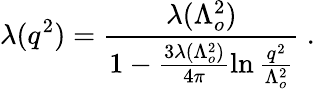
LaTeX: \lambda(q^{2})=\frac{\lambda(\Lambda_{o}^{2})}{1-\frac{3\lambda(\Lambda_{o}^{2})}{4\pi}\ln\frac{q^{2}}{\Lambda_{o}^{2}}}~.